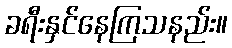
ခရီးနှင်နေကြသနည်း။